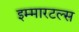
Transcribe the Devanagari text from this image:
इम्मारटल्स